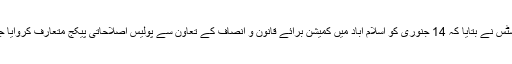
چیف جسٹس نے بتایا کہ 14 جنوری کو اسلام آباد میں کمیشن برائے قانون و انصاف کے تعاون سے پولیس اصلاحاتی پیکج متعارف کروایا جائے گا۔